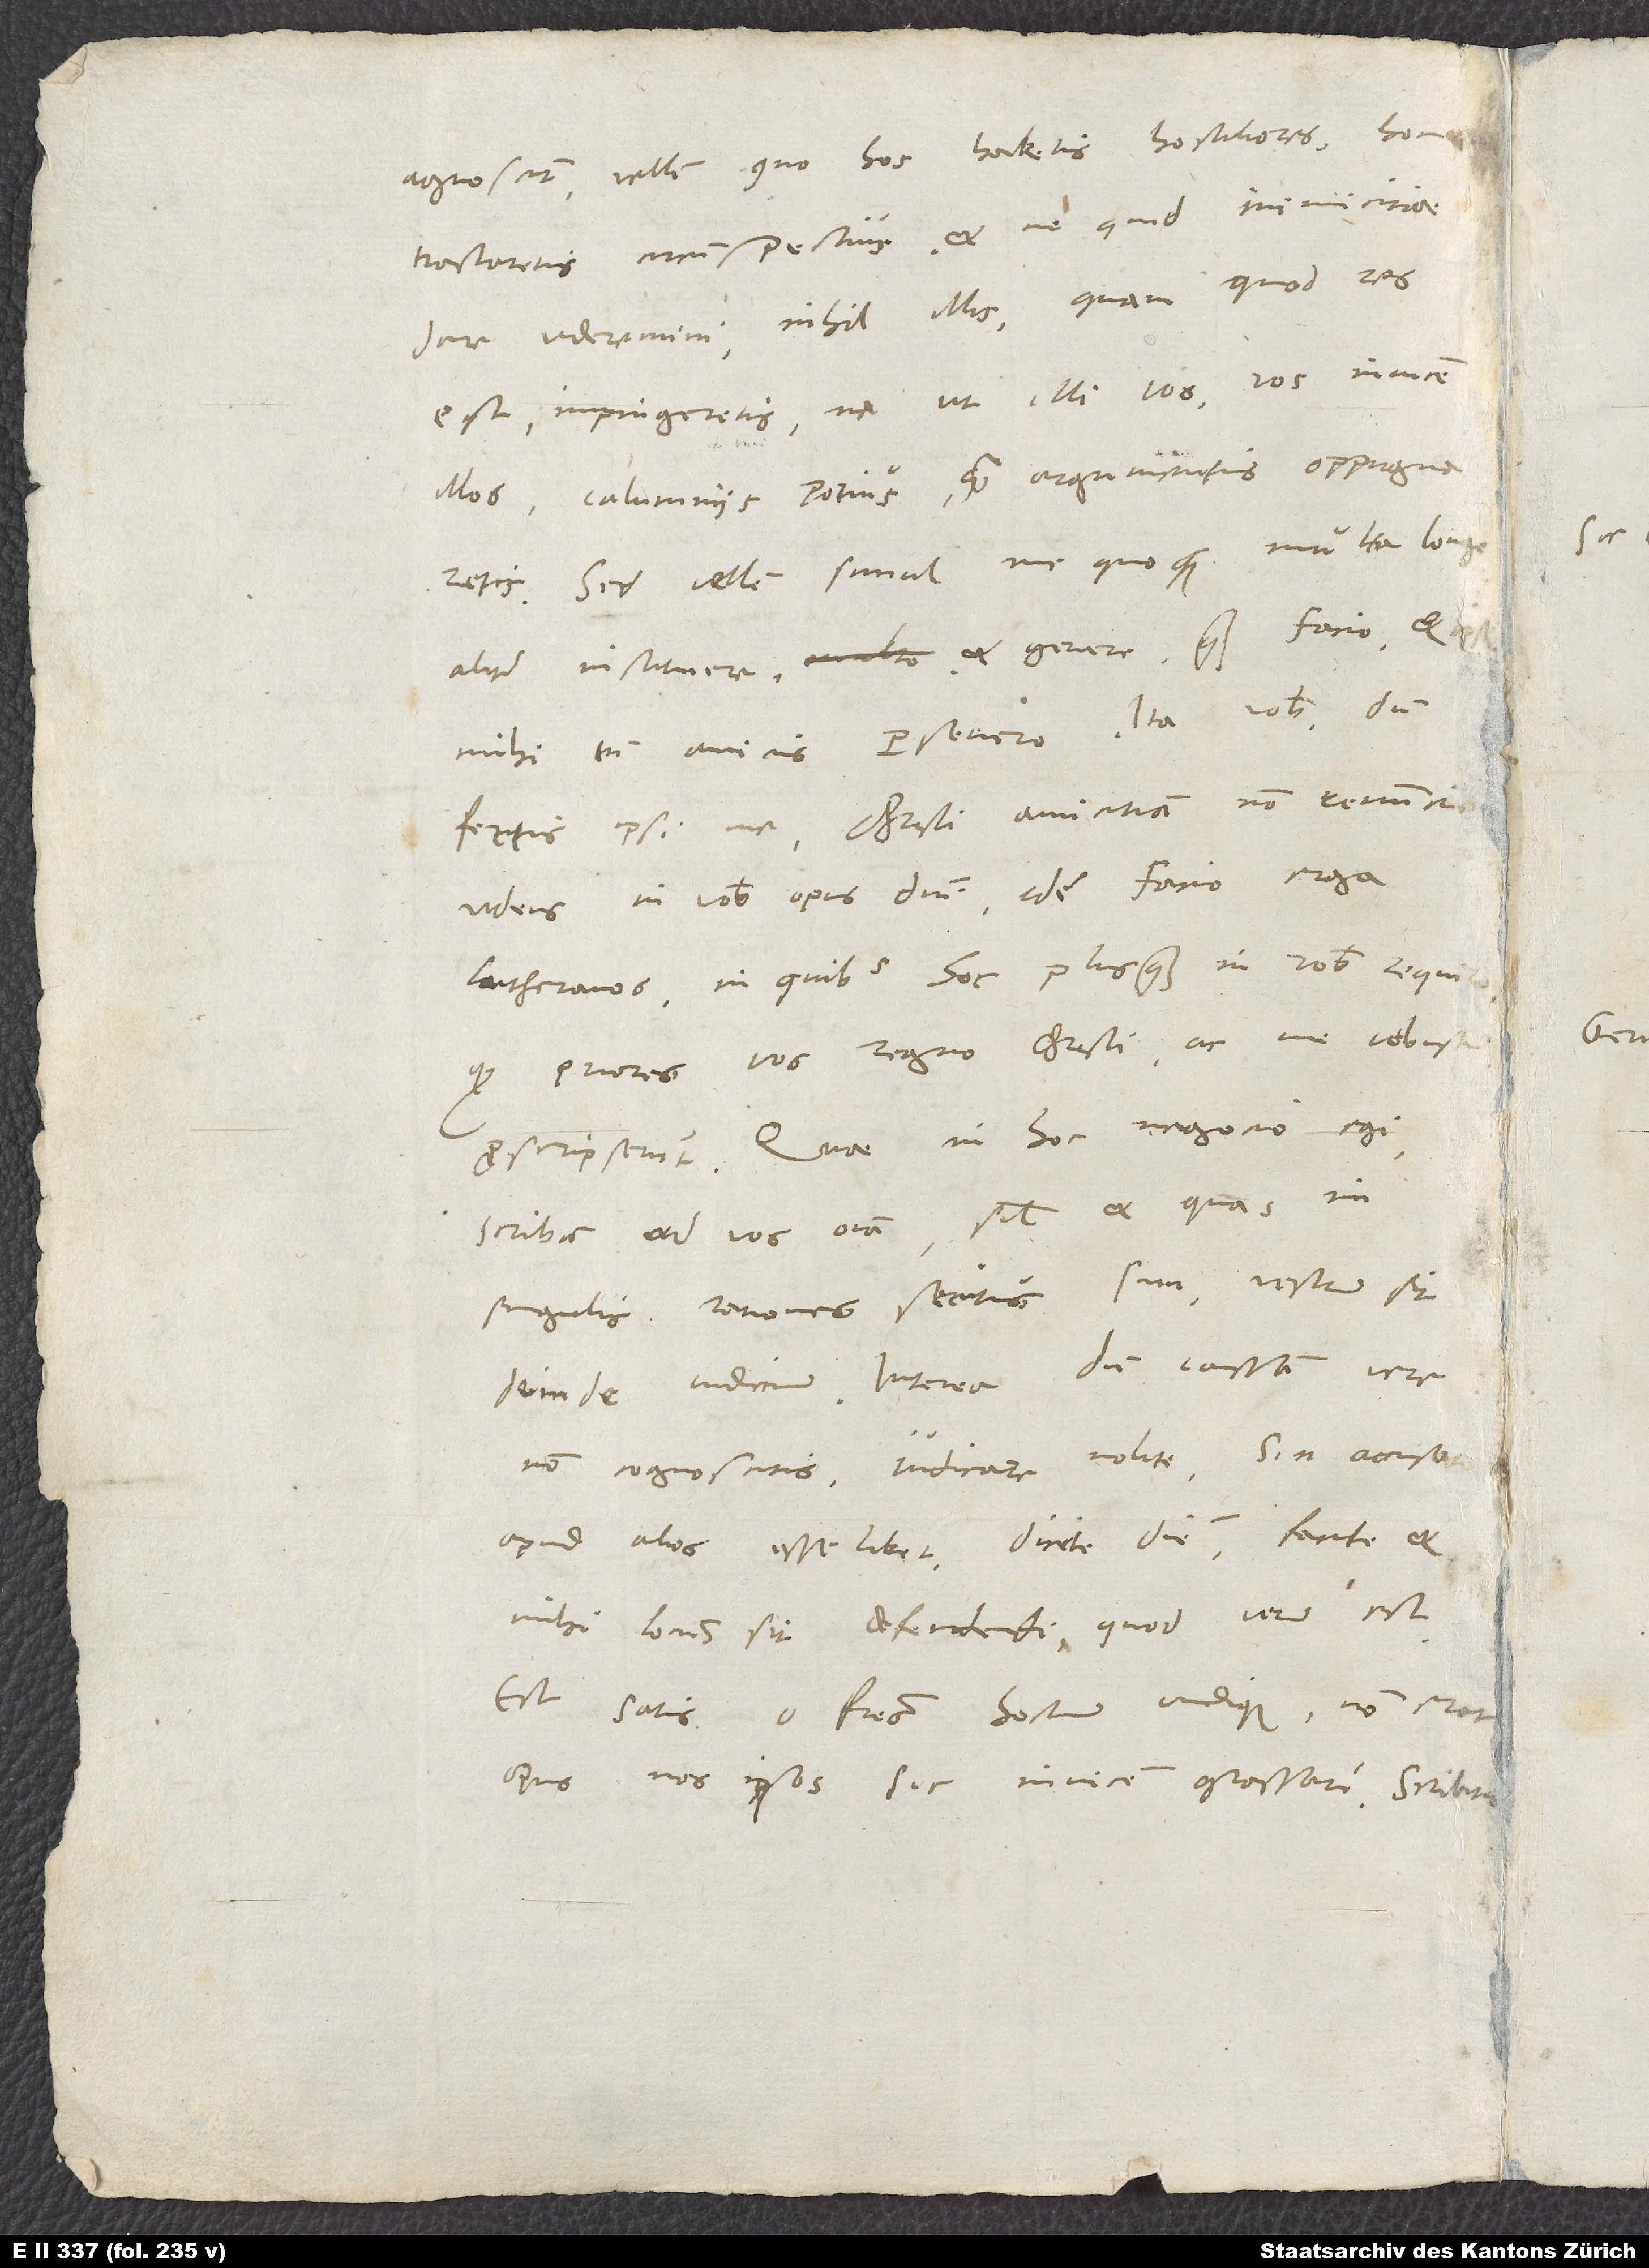
agnoscunt. Vellem, quo hos habetis hostiliores, hoc
tractaretis circumspectius, et ne quid inimicitiae
dare videremini, nihil illis, quam quod res
est, impingeretis, ne ut illi vos, vos invicem
illos, calumniis potius quam argumentis oppugnaretis.
Sed vellem simul me quoque multa longe
aliter instituere et gerere, quam facio et ipse
mihi, tum amicis persevero. Ita vobis, dum
fertis ipsi me, Christi amicitiam non renuntio
videns in vobis opus domini. Idem facio erga
Lutheranos, in quibus hoc plus quam in vobis requiro,
quod priores vos regno Christi ac me vobiscum
proscripserunt. Quae in hoc negotio egi,
scribam ad vos omnia, simul et quas in
singulis rationes secutus sum. Vestrum sit
deinde iudicium. Interea, dum caussam vere
non cognoscitis, iudicare nolite. Sin accusato
apud alios esse libet, dicite diem, facite et
mihi locus sit defendendi, quod verum est.
Est satis, o fratres, hostium undique. Non erat
opus, nos ipsos sic invicem grassari. Scribitis